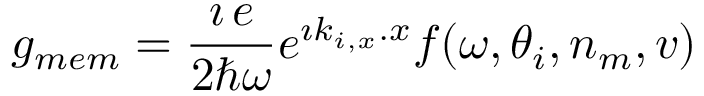
g _ { m e m } = \frac { \imath \, e } { 2 \hbar \omega } e ^ { \imath k _ { i , x } . x } f ( \omega , \theta _ { i } , n _ { m } , v )